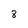
Character: 8